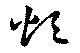
煩